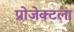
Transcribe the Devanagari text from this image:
प्रोजेक्टला